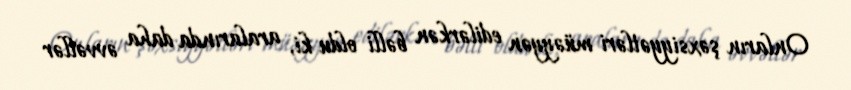
Onların şəxsiyyətləri müəyyən edilərkən bəlli oldu ki, aralarında daha əvvəllər